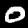
Digit: 0